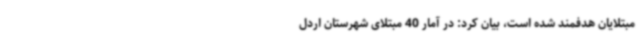
مبتلایان هدفمند شده است، بیان کرد: در آمار 40 مبتلای شهرستان اردل